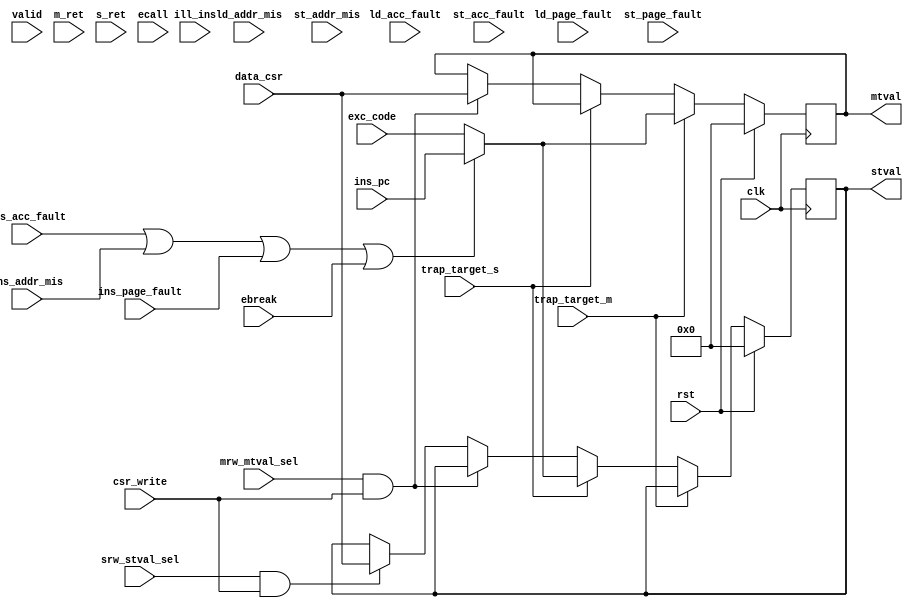
module m_s_tval(
input wire clk,
input wire rst,

//trap
input wire trap_target_m,
input wire trap_target_s,

//
input wire [63:0]ins_pc,
input wire [63:0]exc_code,
input wire ins_acc_fault,	//
input wire ins_addr_mis, 	//
input wire ins_page_fault,	//
input wire ld_addr_mis,		//load
input wire st_addr_mis,		//store
input wire ld_acc_fault,	//load
input wire st_acc_fault,	//store
input wire ld_page_fault,	//load
input wire st_page_fault,	//store

input wire valid, 			//
input wire ill_ins,			//
input wire m_ret,			//
input wire s_ret,			//
input wire ecall,			//
input wire ebreak,			//

input wire mrw_mtval_sel,
input wire srw_stval_sel,
input wire csr_write,
output reg [63:0]mtval,
output reg [63:0]stval,
input wire [63:0]data_csr

);
//
//exc code
always@(posedge clk)begin
	if(rst)begin
		mtval	<=	64'b0;
		stval	<=	64'b0;
	end
	else if(trap_target_m)begin
		mtval 	<=	(ins_acc_fault | ins_addr_mis | ins_page_fault | ebreak) ? ins_pc : exc_code;
	end
	else if(trap_target_s)begin
		stval 	<=	(ins_acc_fault | ins_addr_mis | ins_page_fault | ebreak) ? ins_pc : exc_code;
	end
	else if(mrw_mtval_sel & csr_write)begin
		mtval	<=	data_csr;
	end
	else if(srw_stval_sel & csr_write)begin
		stval	<=	data_csr;
	end
end

endmodule